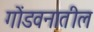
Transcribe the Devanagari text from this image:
गोंडवनातील